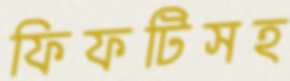
ফিফটিসহ